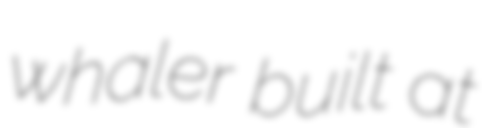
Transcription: whaler built at